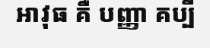
អាវុធ គឺ បញ្ញា គប្បី